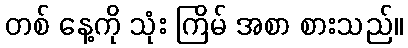
တစ် နေ့ကို သုံး ကြိမ် အစာ စားသည်။